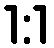
1:1